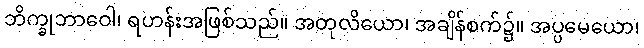
ဘိက္ခုဘာဝေါ၊ ရဟန်းအဖြစ်သည်။ အတုလိယော၊ အချိန်စက်၌။ အပ္ပမေယော၊